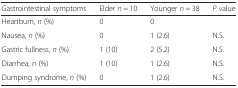
| Gastrointestinal symptoms | Elder n = 10 | Younger n = 38 | P value |
 | --- | --- | --- | --- |
 | Heartburn, n (%) | 0 | 0 |  |
 | Nausea, n (%) | 0 | 1 (2.6) | N.S. |
 | Gastric fullness, n (%) | 1 (10) | 2 (5.2) | N.S. |
 | Diarrhea, n (%) | 1 (10) | 1 (2.6) | N.S. |
 | Dumping syndrome, n (%) | 0 | 1 (2.6) | N.S. |